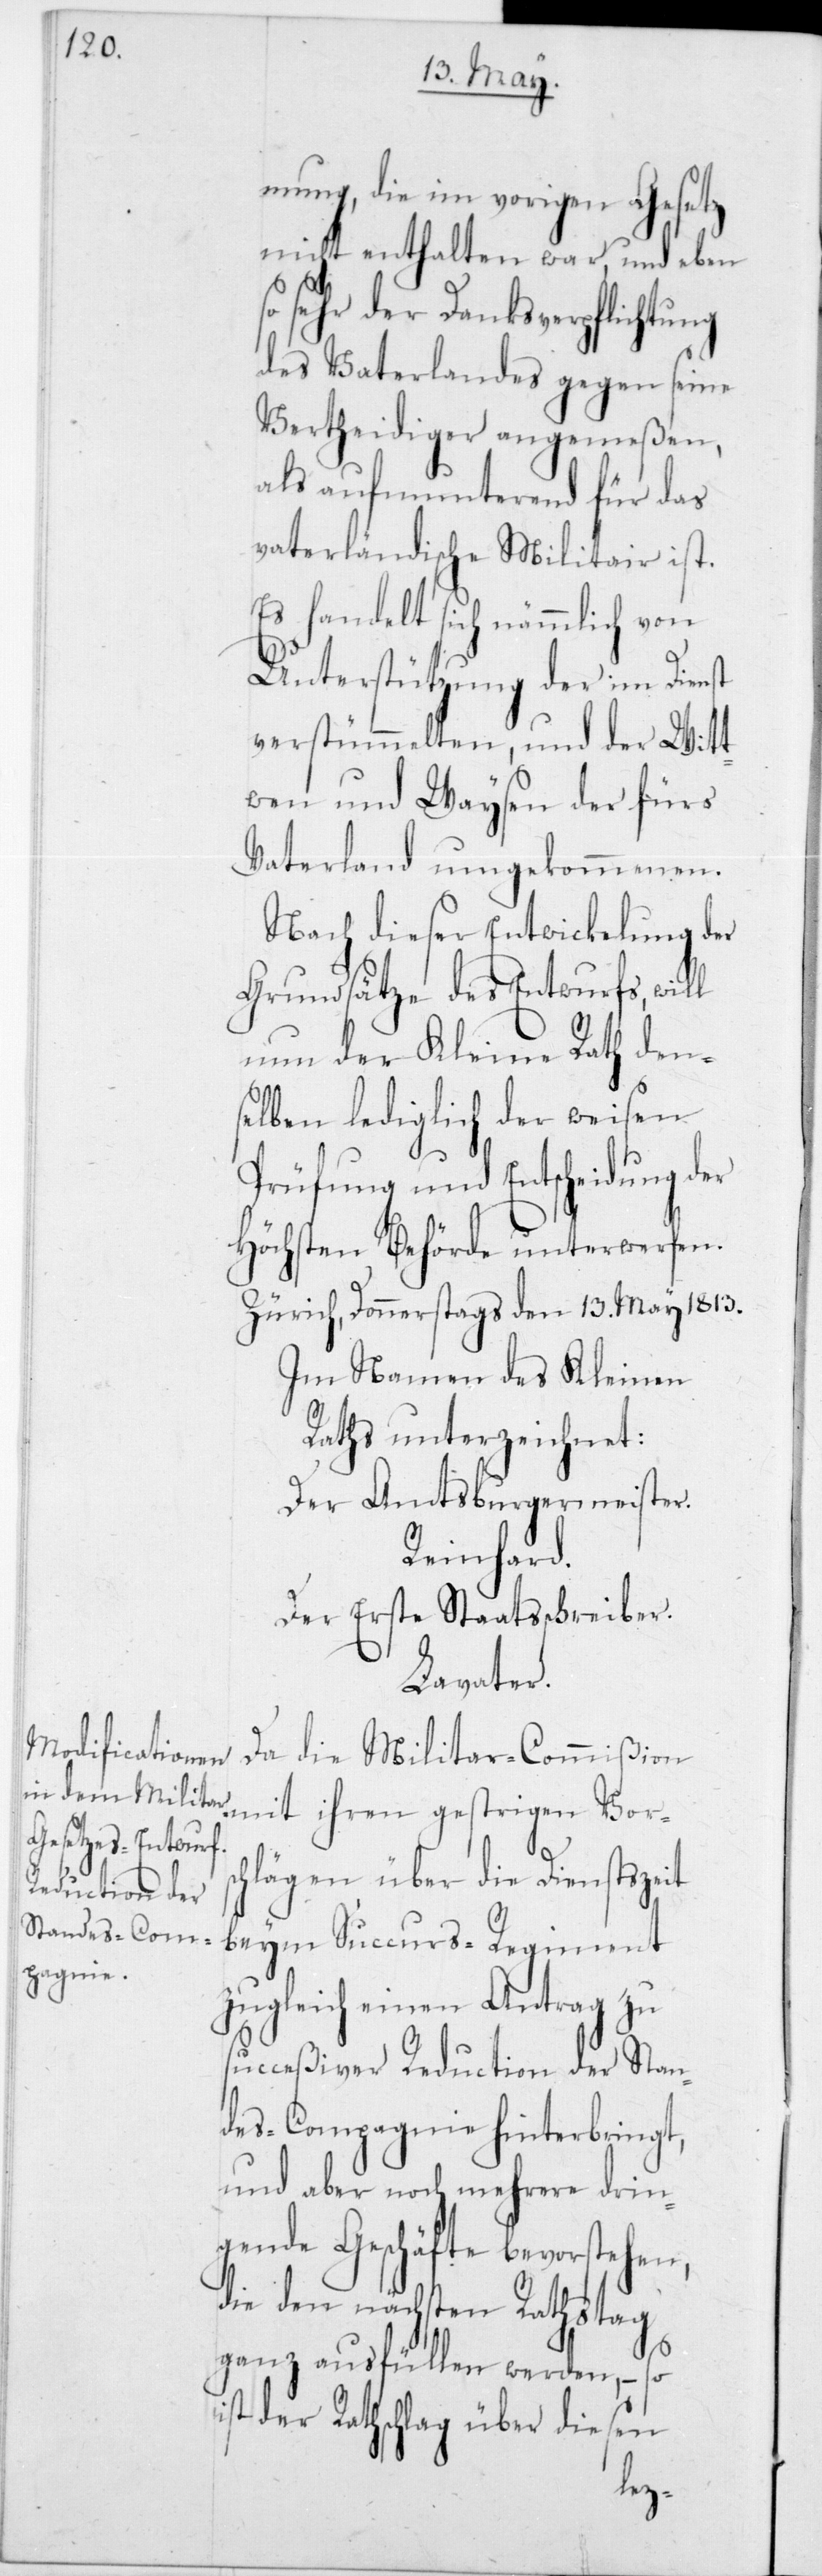
mung, die im vorigen Gesetz
nicht enthalten war, und eben
so sehr der Danksverpflichtung
des Vaterlandes gegen seine
Vertheidiger angemeßen,
als aufmunterend für das
vaterländische Militair ist.
Es handelt sich nämmlich von
Unterstützung der im Dienst
verstümmelten, und der Witt¬
wen und Waysen der fürs
Vaterland umgekommenen.
Nach dieser Entwicklung der
Grundsätze des Entwurfs,
nun der Kleine Rath den¬
selben lediglich der weisen
Prüfung und Entscheidung der
Höchsten Behörde unterwerfen.
Zürich, Donnerstags den 13ten May 1813.
Im Namen des Kleinen
Raths unterzeichnet:
Der Amtsburgermeister.
Reinhard.
Der Erste Staatsschreiber.
Lavater.
Da die Militar-Commißion
chlägen über die Dienstszeit
beym Succurs-Regiment
zugleich einen Antrag zu
succeßiver Reduction der Stan¬
des-Compagnie hinterbringt,
und aber noch mehrere drin¬
gende Geschäfte bevorstehen,
die den nächsten Rathstag
ganz ausfüllen werden, – so
ist der Rathschlag über diesen
Vors¬